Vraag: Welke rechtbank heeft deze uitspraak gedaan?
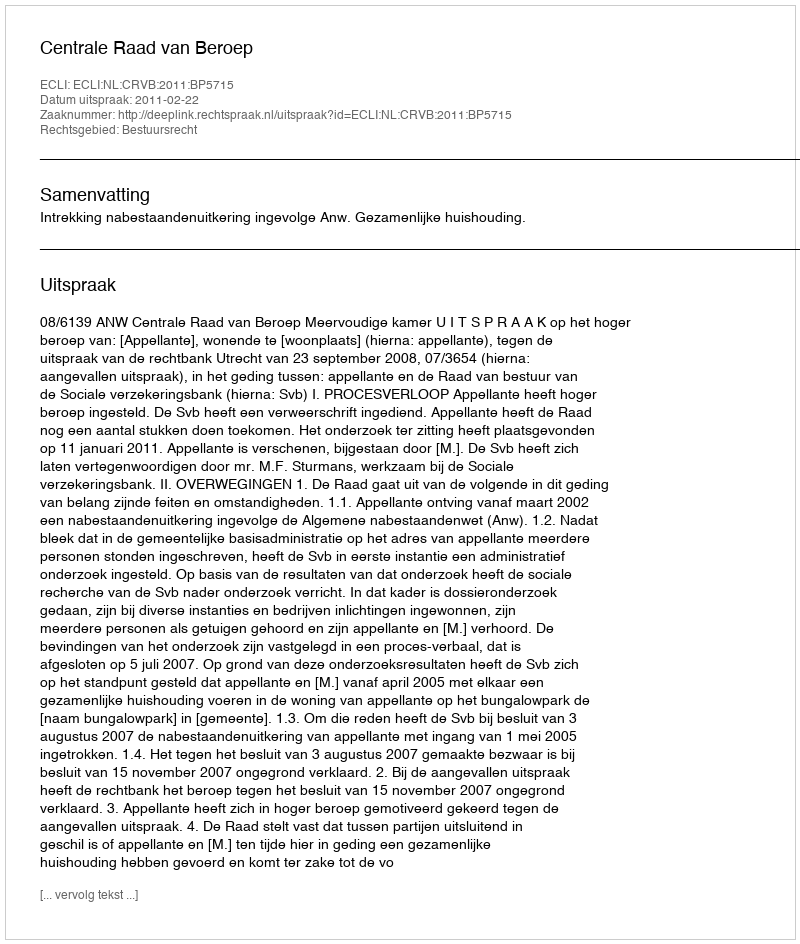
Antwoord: Centrale Raad van Beroep